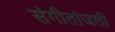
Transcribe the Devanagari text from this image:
संगीतांजली